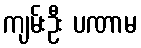
ကျမ်းဦး ပဏာမ